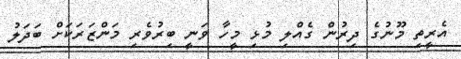
އެރީތި މޫނުގެ ދިރުން ގެއްލި މުޅި މީހާ ވަނީ ބިރުވެރި މަންޒަރަކަށް ބަދަލު